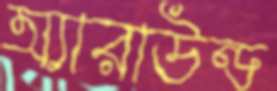
অ্যারাউন্ড